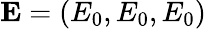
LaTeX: \mathbf{E}=(E_{0},E_{0},E_{0})